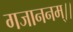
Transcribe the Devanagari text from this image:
गजाननम्।।